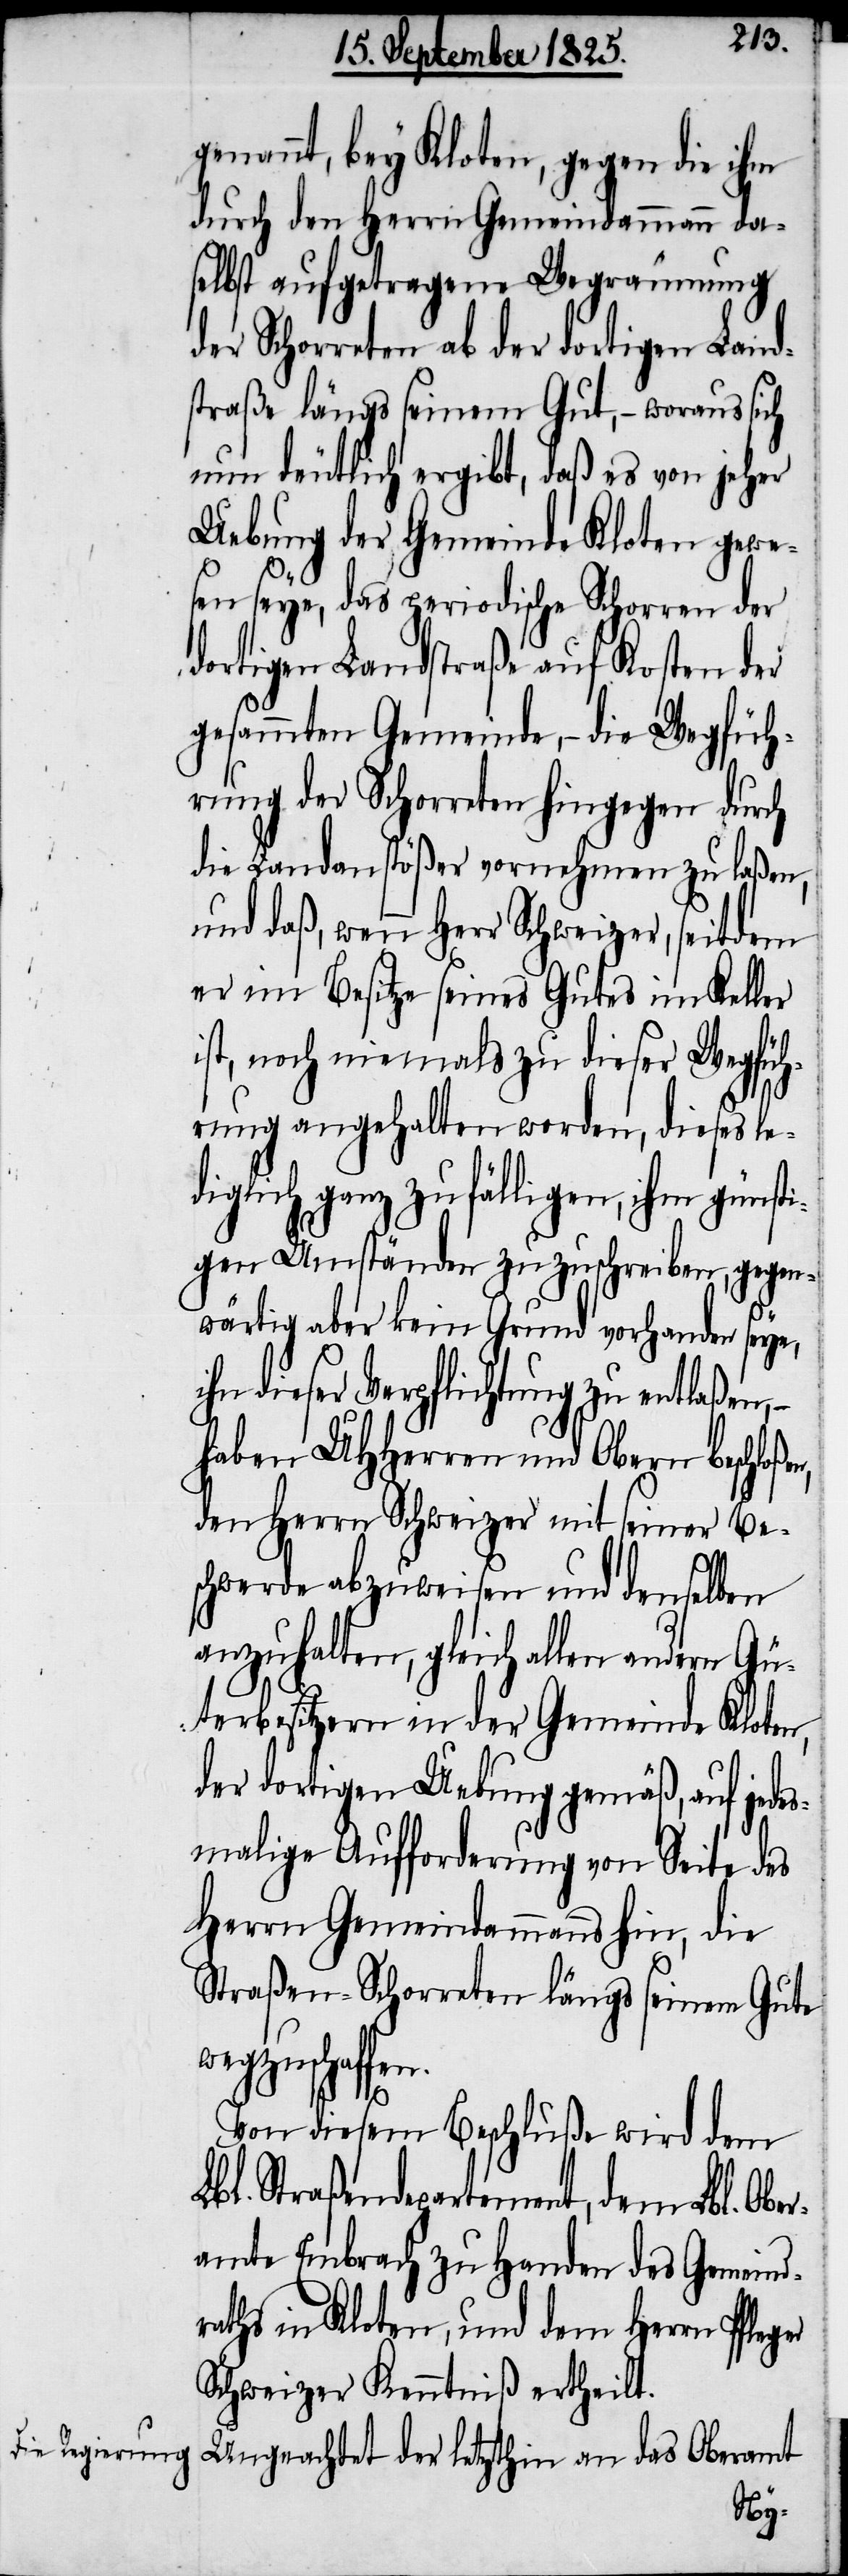
genannt, bey Kloten, gegen die ihm
durch den Herrn Gemeindammann da¬
selbst aufgetragene Wegräumung
der Schorreten ab der dortigen Land¬
straße längs seinem Gut, – woraus sich
nun deutlich ergibt, daß es von jeher
Uebung der Gemeinde Kloten gewe¬
sen seye, das periodische Schorren der
dortigen Landstraße auf Kosten der
gesammten Gemeinde, – die Wegfüh¬
rung der Schorreten hingegen durch
die Landanstößer vornehmen zu laßen,
und daß, wenn Herr Schweizer, seitdem
er im Besitze seines Gutes im Keller
ist, noch niemals zu dieser Wegfüh¬
rung angehalten worden, dieses le¬
diglich ganz zufälligen, ihm günst¬
igen Umständen zu zuschreiben gegen¬
wärtig aber kein Grund vorhanden seye,
hn dieser Verpflichtung zu entlaßen,
haben UHHerren und Obern beschloße¬
den Herrn Schweizer mit seiner Be¬
schwerde abzuweisen und denselben
anzuhalten, gleich allen andern Gü¬
terbesitzern in der Gemeinde Kloten,
der dortigen Uebung gemäß, auf jede¬
smalige Aufforderung von Seite des
Herrn Gemeindammanns hin, die
Straßen-Schorreten längs seinem Gute
wegzuschaffen.
n,
Von diesem Beschluße wird dem
Lbl. Straßendepartement, dem Lbl. Obe¬
ramte Embrach zu Handen des Gemeind¬
raths in Kloten, und dem Herrn Pfleger
Schweizer Kenntniß ertheilt.
Ungeachtet der letzthin an das Oberamt
i¬